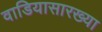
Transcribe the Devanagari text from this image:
वाडियासारख्या